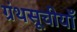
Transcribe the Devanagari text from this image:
ग्रंथसूचीयाँ